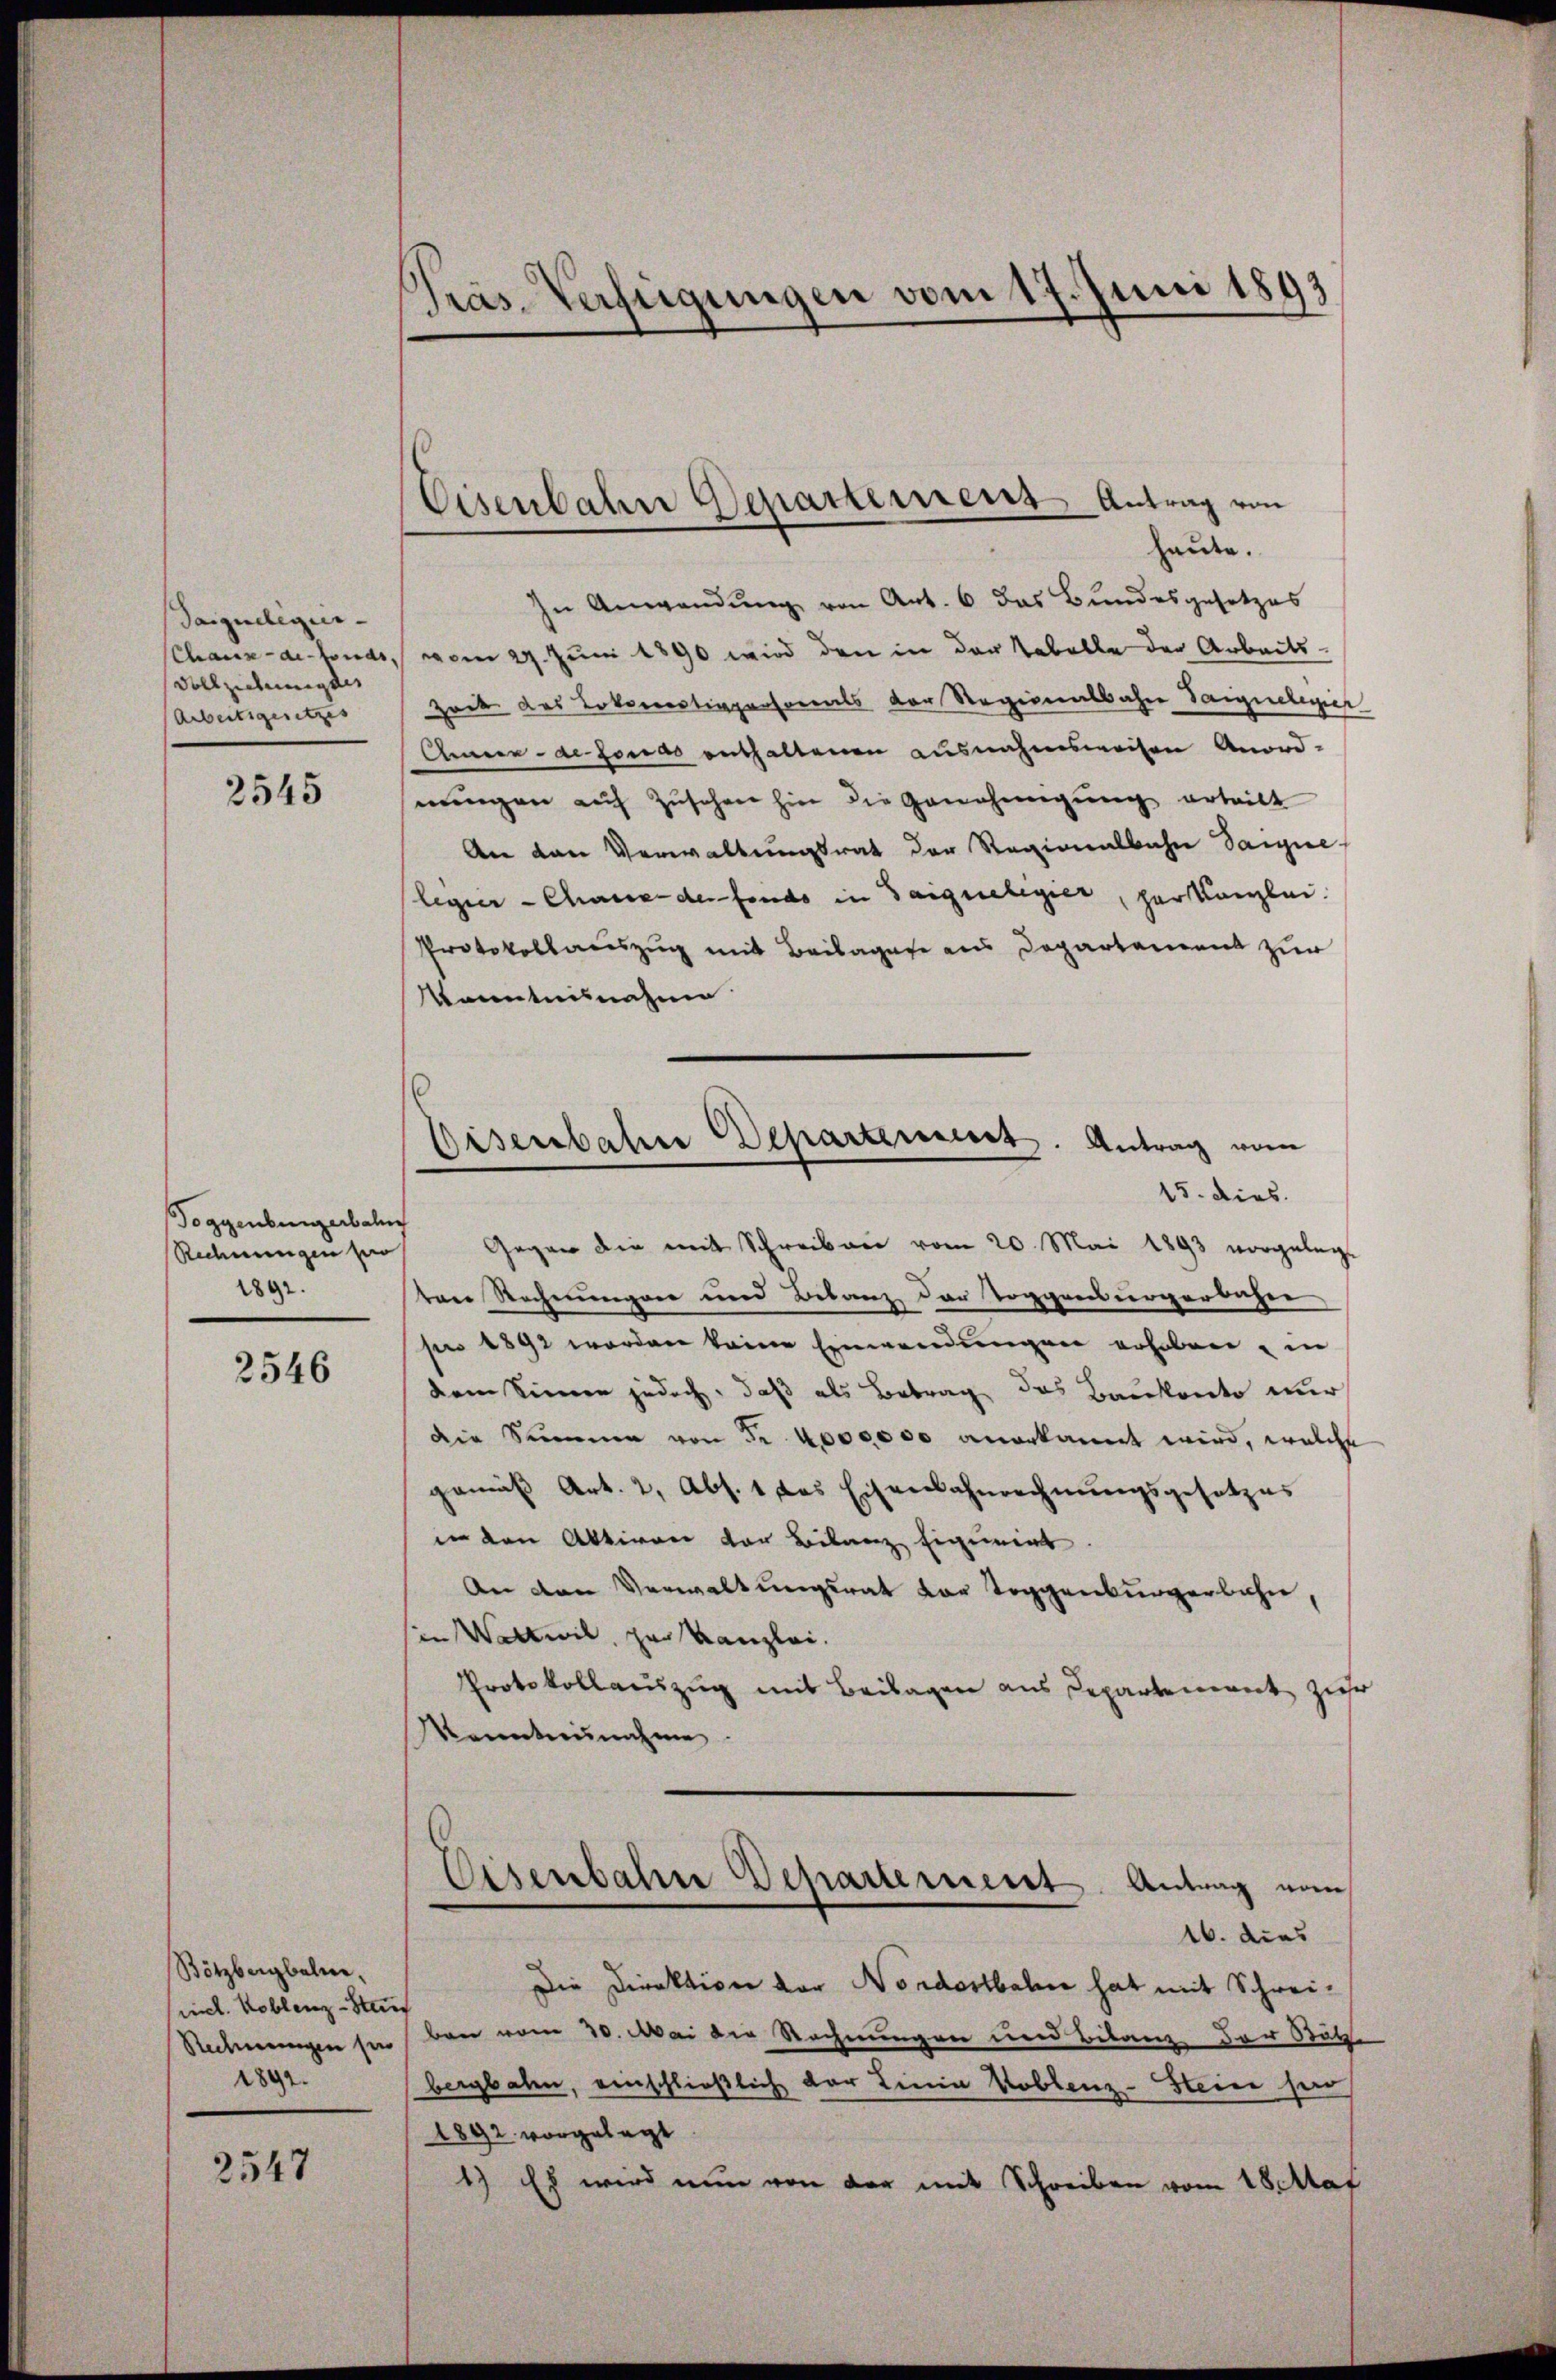
Saigue legier
Chaux-de-Fonds.
Vollziehung des
Arbeitsgesetzes

2545

Toggenburgerbal
Rechnungen zur
1891.

2546

Bötzbergbahne,
nel. Koblenz-Stad
Redmungen sei
1892.

2547

Pras-Verfügungen vom 17. Juni 1893

Eisenbahn Departement Antrag von

Eisenbahne Departement. Antrag vom
15. dies

heute.
In Anwendŭng von Art. 6 das Bundesgesetzes
 vom 29. Juni 1890 wird den in der Tabelle der Arbeits¬
Zeit des Lokomotivpaesareals der Regionalbahre Sargelegier
Aner- de fonds enthaltenen ausnahmsweisen Anord-
nungen auf Zusehen hin die Genehmigung erteilt
An den Verwaltungsrat der Regionalbahn Vanie-
legier-Chause der fonds in Baiguelegier, herkanzlei.
Protokollauszug mit Beilagere aus Departement zur
Kenntnisnahme
Gegen die mit Schreiben vom 20. Mai 1893 vorgelegt
ten Rechnungen und Belanz der Toggensurgerbücher
pro 1891 werden keine Einwendungen erhoben, in
dem Sinnen jedoch, daß als Betrag das Baukonto nur
die Summen von Fr. 4000000 anerkannt wird, welche
gemäβ Art. 2, Abs. 1 das Eisenbahnrechnŭngsgesetzes
in den Aktiven der Bilanz Eigeniat.
An den Verwaltungsrat der Toggenburgerbahn,
in Wattwil, zur Kanzlei.
Protokollauszug mit Beilagen aus Departement zuer
Kenntnisnahme
Eisenbahne Departement. Antrag vom
16. dies
Die Direktion vor Nordostbahne hat mit Schreiben vom 30. Mai die Rechnungen und Bilanz der Satz.
bergbahn, einschließlich der Linia Koblenz-Stein her
1892 vorgelegt
1) Es wird nun von der mit Schreiben vom 18. Mat